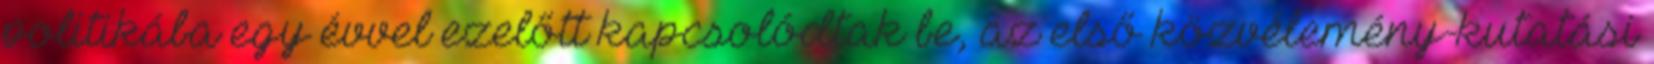
politikába egy évvel ezelőtt kapcsolódtak be, az első közvélemény-kutatási